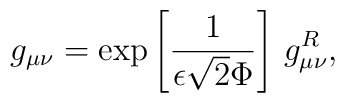
g_{\mu\nu}= \exp \left[\frac{1}{\epsilon\sqrt{2}\Phi} \right]\,g_{\mu\nu}^R,